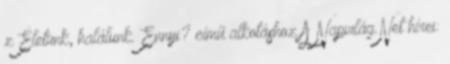
z Életünk, halálunk. Ennyi? című alkotáshoz A Napvilág.Net hírei: